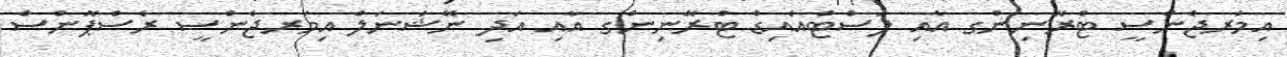
އިމަރޖެންސީ ޓްރޭނިންގ އާއި ފަސްޓްއެއިޑް ޓްރޭނިންގ އާއި އަދި ނޭޝަނަލް އިމަރޖެންސީ ރެސްޕޮންސް